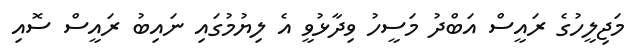
މަޖިލީހުގެ ރައީސް އަބްދު މަސީހު ވިދާޅުވީ އެ ލިޔުމުގައި ނައިބު ރައީސް ސޮއި